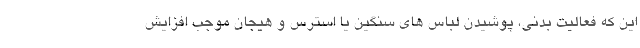
این که فعالیت بدنی، پوشیدن لباس های سنگین یا استرس و هیجان موجب افزایش